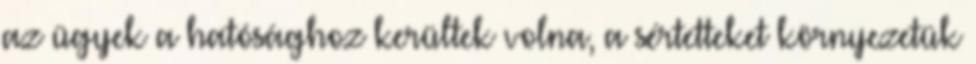
az ügyek a hatósághoz kerültek volna, a sértetteket környezetük